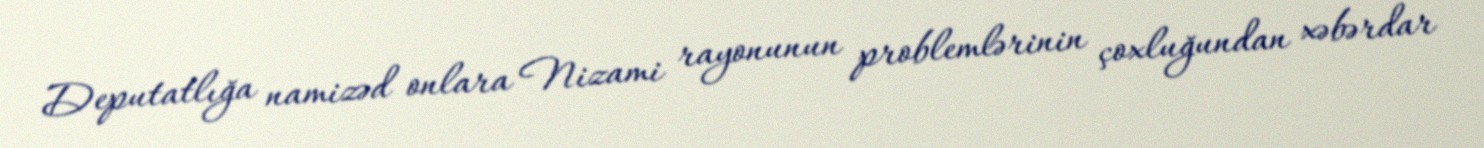
Deputatlığa namizəd onlara Nizami rayonunun problemlərinin çoxluğundan xəbərdar